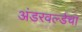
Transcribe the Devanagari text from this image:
अंडरवर्ल्डचा